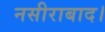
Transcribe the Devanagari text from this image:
नसीराबाद।